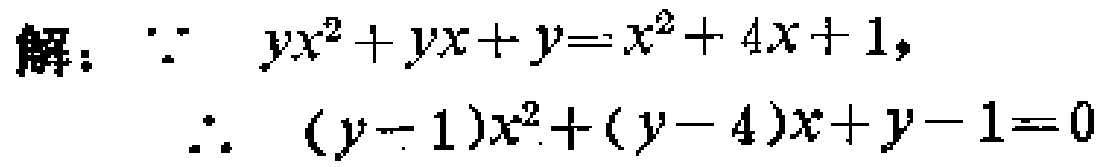
解：\(\because yx^{2}+yx + y = x^{2}+4x + 1\)，
\(\therefore (y - 1)x^{2}+(y - 4)x + y - 1 = 0\)